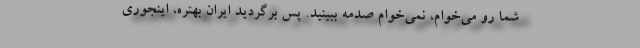
شما رو می‌خوام، نمی‌خوام صدمه ببینید. پس برگردید ایران بهتره، اینجوری